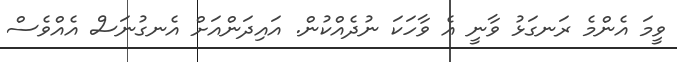
ވީމަ އެންމެ ރަނގަޅު ވާނީ އެ ވާހަކަ ނުދެއްކުން. އައިދަންއަށް އެނގުނަސް އެއްވެސް